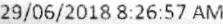
29/06/2018 8:26:57 AM